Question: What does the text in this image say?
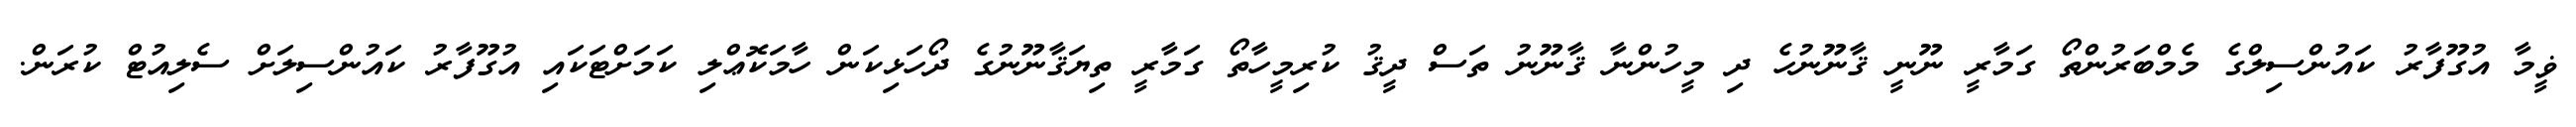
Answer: ޥީމާ އުގޫފާރު ކައުންސިލްގެ މެމްބަރުންތޯ ގަމާރީ ނޫނީ ޤާނޫނުހެ ދި މީހުންނާ ޤާނޫނު ތަސް ދީޤު ކުރިމީހާތޯ ގަމާރީ ތިޔަޤާނޫނުގެ ދޯހަޅިކަން ހާމަކޮޢްލި ކަމަށްޓަކައި އުގޫފާރު ކައުންސިލަށް ސެލިއުޓް ކުރަން.